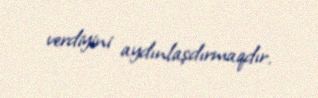
verdiyini aydınlaşdırmaqdır.